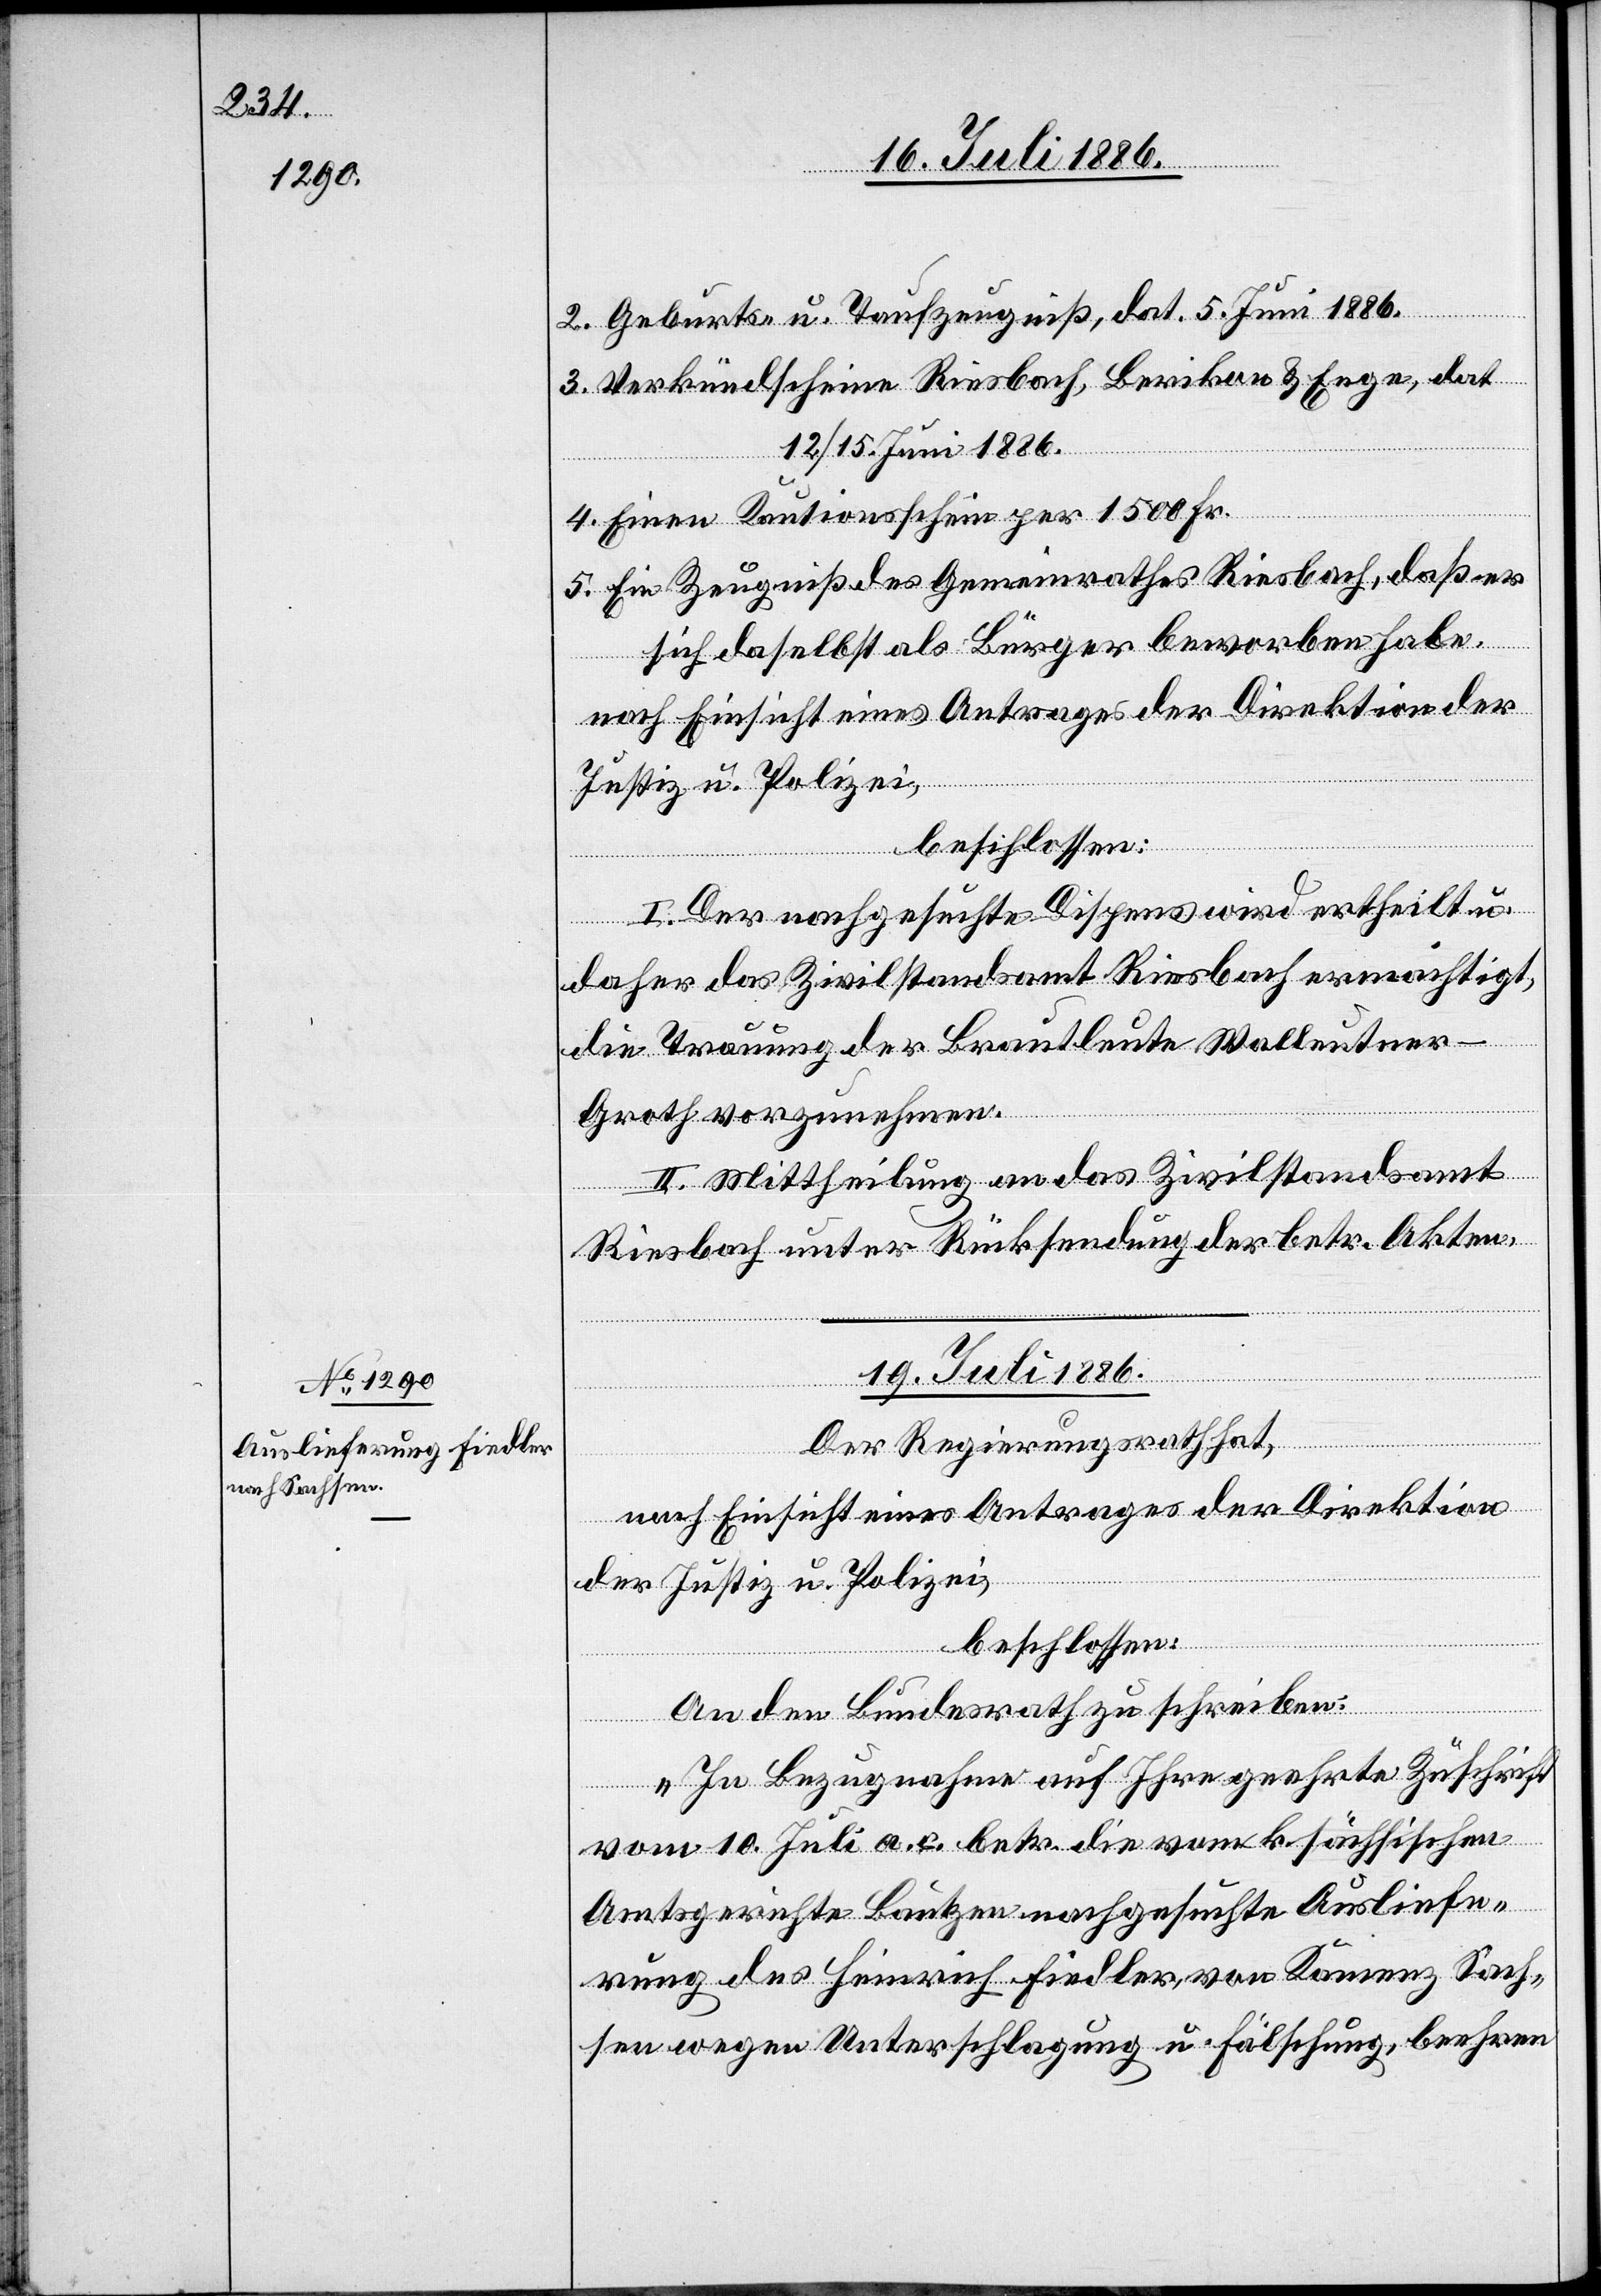
2. Geburts- u. Taufzeugniß, dat. 5. Juni 1886.
3. Verkündscheine Riesbach, Berikon & Enge, dat.
12./15. Juni 1886.
4. Einen Kautionsschein per 1500 Fr.
5. Ein Zeugniß des Gemeindrathes Riesbach, daß er
sich daselbst als Bürger beworben habe.
I. Der nachgesuchte Dispens wird ertheilt u.
daher das Zivilstandsamt Riesbach ermächtigt,
die Trauung der Brautleute Walleutner-G¬
roth vorzunehmen.
II. Mittheilung an das Zivilstandsamt
Riesbach unter Rücksendung der betr. Akten.
19. Juli 1886.
Der Regierungsrath hat,
nach Einsicht eines Antrages der Direktion
der Justiz u. Polizei,
beschlossen:
An den Bundesrath zu schreiben:
„In Bezugnahme auf Ihre geehrte Zuschrift
vom 10. Juli a. c. betr. die vom k. sächsischen
Amtsgerichte Bautzen nachgesuchte Ausliefe¬
rung des Heinrich Fiedler, von Kamenz Sach¬
sen wegen Unterschlagung u. Fälschung, beehren